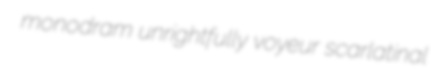
monodram unrightfully voyeur scarlatinal